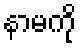
နာမကို